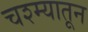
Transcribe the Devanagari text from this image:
चश्म्यातून